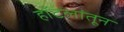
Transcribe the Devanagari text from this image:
हॉटेलांतून